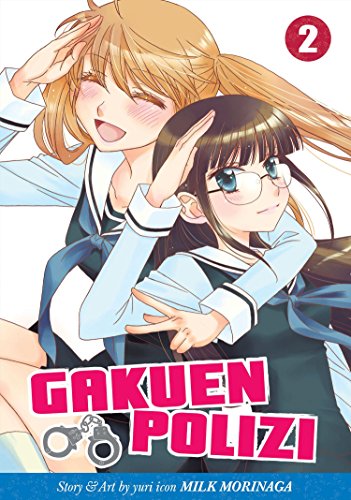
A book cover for Gakuen Polizi Vol. 2; Milk Morinaga; Comics & Graphic Novels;